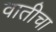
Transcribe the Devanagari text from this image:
वातीचा